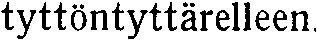
tyttöntyttärelleen.